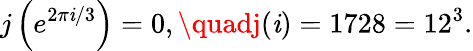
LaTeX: j\left(e^{2\pi\mathit{i}/3}\right)=0,\quadj(\mathit{i})=1728=12^{3}.